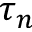
\tau _ { n }